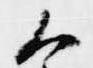
候